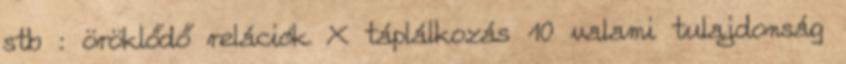
stb : öröklődő relációk X táplálkozás 10 valami tulajdonság